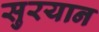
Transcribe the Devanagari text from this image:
सुरयान